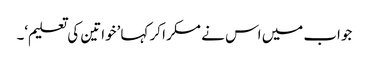
جواب میں اس نے مسکرا کر کہا ’خواتین کی تعلیم‘۔